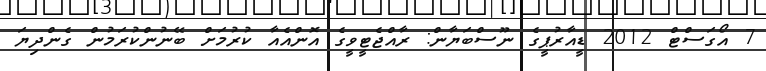
7 އޯގަސްޓް 2012 ޑީއާރުޕީގެ ނޫސްބަޔާން: ރާއްޖެޓީވީގެ އޮންއެއާ ކުރުމަށް ބޭނުންކުރަމުން ގެންދިޔަ